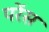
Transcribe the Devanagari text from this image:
परेंस